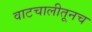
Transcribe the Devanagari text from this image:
वाटचालीतूनच